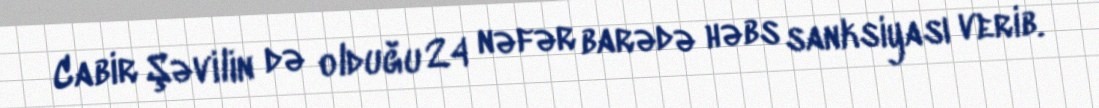
Cabir Şəvilin də olduğu 24 nəfər barədə həbs sanksiyası verib.